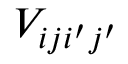
V _ { i j i ^ { \prime } j ^ { \prime } }